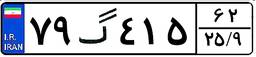
۷۹گ۴۱۵۶۲